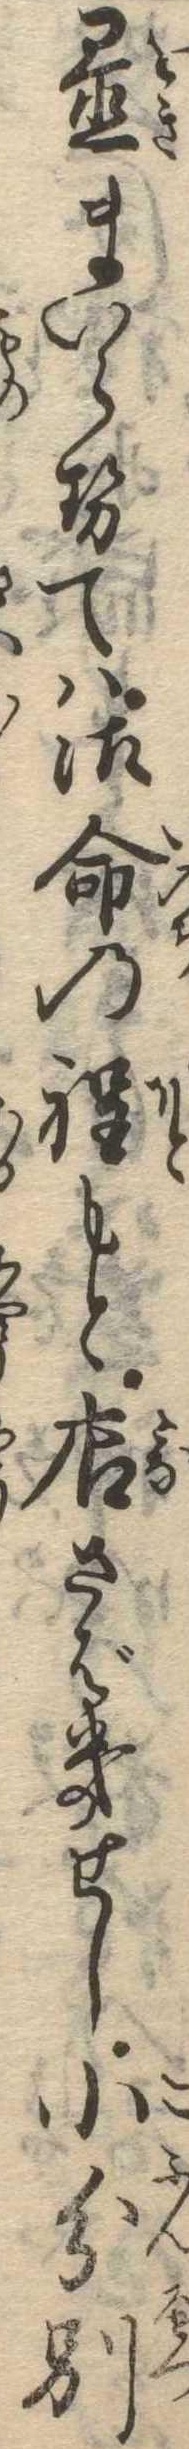
置まいらせては御命の程もと店さばきせし小分別